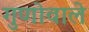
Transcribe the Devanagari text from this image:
गुणोवाले